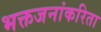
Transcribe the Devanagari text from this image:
भक्तजनांकरिता